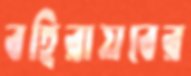
বহিরায়বের